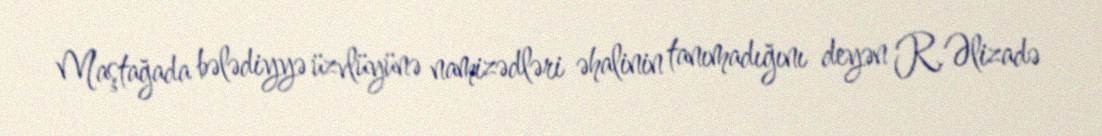
Maştağada bələdiyyə üzvlüyünə namizədləri əhalinin tanımadığını deyən R.Əlizadə